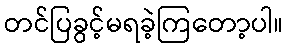
တင်ပြခွင့်မရခဲ့ကြတော့ပါ။